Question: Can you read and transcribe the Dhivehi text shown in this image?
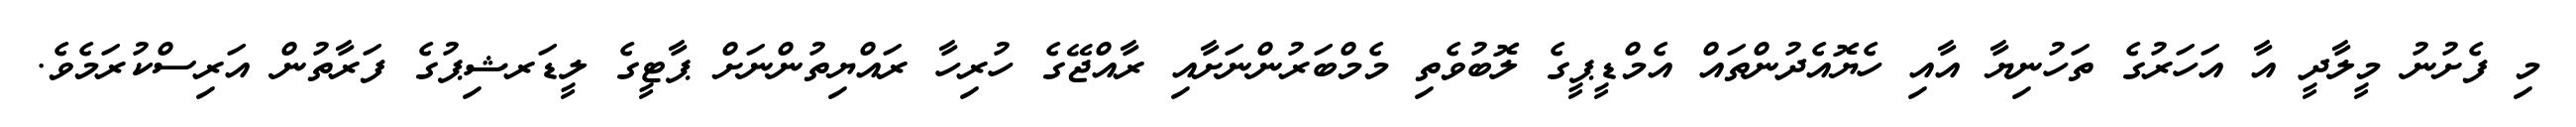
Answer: މި ފެށުނު މީލާދީ އާ އަހަރުގެ ތަހުނިޔާ އާއި ހެޔޮއެދުންތައް އެމްޑީޕީގެ ލޮބުވެތި މެމްބަރުންނަށާއި ރާއްޖޭގެ ހުރިހާ ރައްޔިތުންނަށް ޕާޓީގެ ލީޑަރޝިޕުގެ ފަރާތުން އަރިސްކުރަމެވެ.